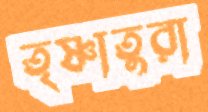
তৃষ্ণাতুরা